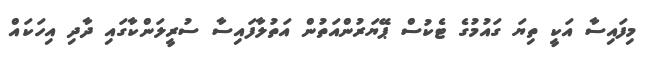
މިފައިސާ އަކީ ތިޔަ ގައުމުގެ ޓެކުސް ޕޭޔަރުންއަތުން އަތުލާފައިސާ ސުރީލަންކާގައި ދާދި އިހަކައް